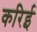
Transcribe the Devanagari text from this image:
करिई